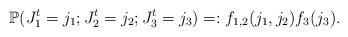
LaTeX: \begin{align*}\mathbb{P}(J_1^t = j_1;J_2^t = j_2;J_3^t = j_3) =: f_{1,2}(j_1, j_2) f_3(j_3).\end{align*}